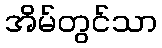
အိမ်တွင်သာ